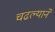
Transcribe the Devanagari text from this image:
चढल्याने